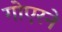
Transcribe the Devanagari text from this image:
गोएरने